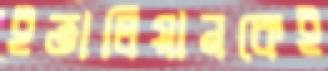
ইতালিয়ানকেই